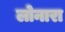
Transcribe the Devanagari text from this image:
लोनारा